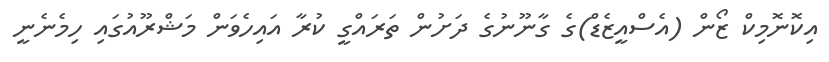
އިކޮނޮމިކް ޒޯން (އެސްއީޒެޑް)ގެ ގާނޫނުގެ ދަށުން ތަރައްގީ ކުރާ އައިހެވަން މަަޝްރޫއުގައި ހިމެނެނީ